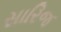
સારિજ